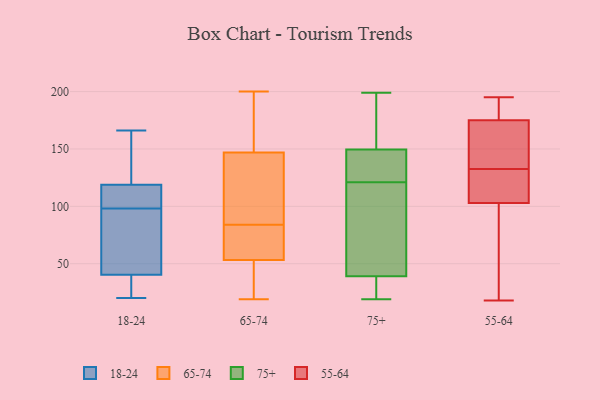
{"axis": {"x": "Headcount", "y": "Value"}, "legend": ["18-24", "55-64", "65-74", "75+"], "data": [{"x": "", "y": 109, "type": "18-24"}, {"x": "", "y": 159, "type": "18-24"}, {"x": "", "y": 98, "type": "18-24"}, {"x": "", "y": 37, "type": "18-24"}, {"x": "", "y": 26, "type": "18-24"}, {"x": "", "y": 20, "type": "18-24"}, {"x": "", "y": 122, "type": "18-24"}, {"x": "", "y": 50, "type": "18-24"}, {"x": "", "y": 104, "type": "18-24"}, {"x": "", "y": 71, "type": "18-24"}, {"x": "", "y": 166, "type": "18-24"}, {"x": "", "y": 146, "type": "65-74"}, {"x": "", "y": 56, "type": "65-74"}, {"x": "", "y": 45, "type": "65-74"}, {"x": "", "y": 150, "type": "65-74"}, {"x": "", "y": 56, "type": "65-74"}, {"x": "", "y": 30, "type": "65-74"}, {"x": "", "y": 78, "type": "65-74"}, {"x": "", "y": 91, "type": "65-74"}, {"x": "", "y": 76, "type": "65-74"}, {"x": "", "y": 93, "type": "65-74"}, {"x": "", "y": 165, "type": "65-74"}, {"x": "", "y": 153, "type": "65-74"}, {"x": "", "y": 31, "type": "65-74"}, {"x": "", "y": 19, "type": "65-74"}, {"x": "", "y": 200, "type": "65-74"}, {"x": "", "y": 84, "type": "65-74"}, {"x": "", "y": 94, "type": "65-74"}, {"x": "", "y": 152, "type": "75+"}, {"x": "", "y": 199, "type": "75+"}, {"x": "", "y": 127, "type": "75+"}, {"x": "", "y": 19, "type": "75+"}, {"x": "", "y": 29, "type": "75+"}, {"x": "", "y": 115, "type": "75+"}, {"x": "", "y": 47, "type": "75+"}, {"x": "", "y": 152, "type": "75+"}, {"x": "", "y": 103, "type": "75+"}, {"x": "", "y": 147, "type": "75+"}, {"x": "", "y": 141, "type": "75+"}, {"x": "", "y": 31, "type": "75+"}, {"x": "", "y": 187, "type": "55-64"}, {"x": "", "y": 60, "type": "55-64"}, {"x": "", "y": 165, "type": "55-64"}, {"x": "", "y": 143, "type": "55-64"}, {"x": "", "y": 140, "type": "55-64"}, {"x": "", "y": 125, "type": "55-64"}, {"x": "", "y": 172, "type": "55-64"}, {"x": "", "y": 195, "type": "55-64"}, {"x": "", "y": 103, "type": "55-64"}, {"x": "", "y": 124, "type": "55-64"}, {"x": "", "y": 183, "type": "55-64"}, {"x": "", "y": 38, "type": "55-64"}, {"x": "", "y": 192, "type": "55-64"}, {"x": "", "y": 123, "type": "55-64"}, {"x": "", "y": 105, "type": "55-64"}, {"x": "", "y": 18, "type": "55-64"}, {"x": "", "y": 175, "type": "55-64"}, {"x": "", "y": 52, "type": "55-64"}]}